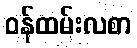
ဝန်ထမ်းလစာ